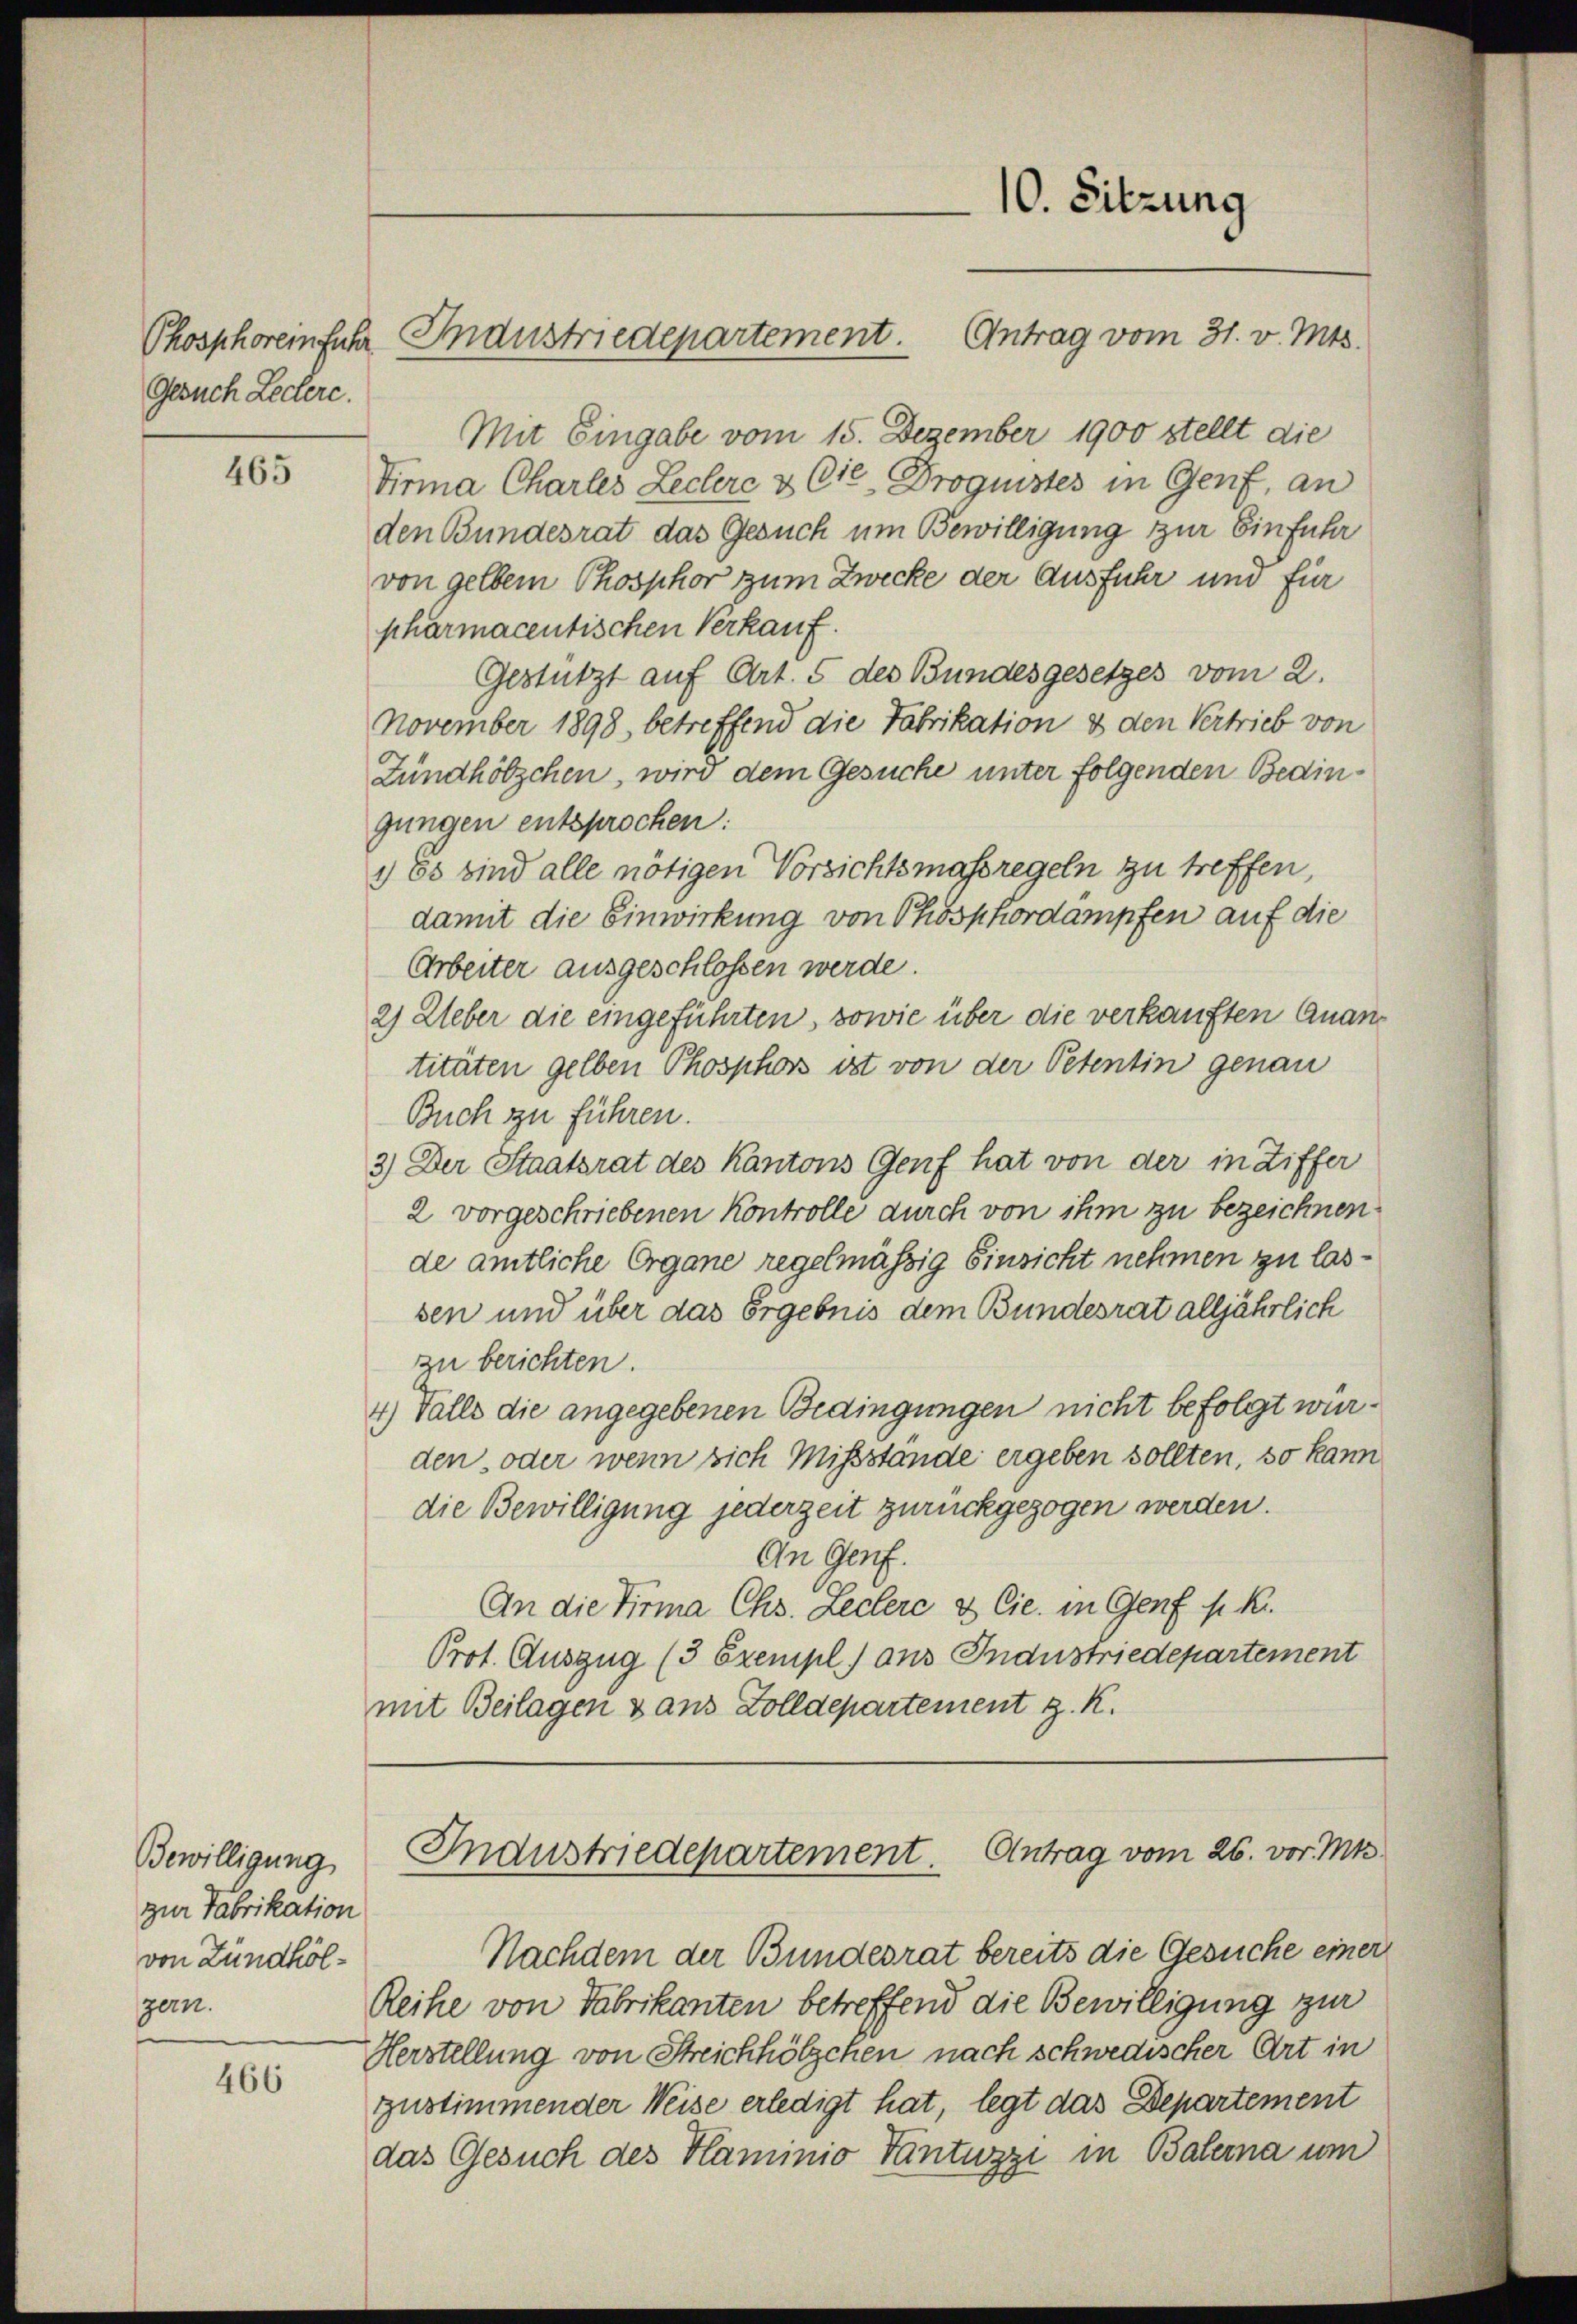
Phosphorem fuhr
Gesuch Lechere.

465

Bewilligung
zur Fabrikation
von Zündhölgern.

466

Industriedepartement.

10. Sitzung
Antrag vom 31. v. Mts.

Mit Eingabe vom 15. Dezember 1900 stellt die
Tirma Charles Leclere & Cie, Droguistes in Genf, an
den Bundesrat das Gesuch um Bewilligung zur Einführ
von gelben Phosphor zum Zwecke der Ausfuhr und für
pharmacentischen Verkauf.
Gestützt auf Art. 5 des Bundesgesetzes vom 2.
November 1898, betreffend die Fabrikation & den Vertrieb von
Fündhölzchen, wird dem Gesuche unter folgenden Bedingungen entsprochen:
) Es sind alle nötigen Vorsichtsmassregeln zu treffen,
damit die Einwirkung von Phosphordampfen auf die
Arbeiter ausgeschlossen werde.
2) Ueber die eingeführten, sowie über die verkauften Quantitäten gelben Phosphors ist von der Petentin genau
Buch zu führen.
3) Der Staatsrat des Kantons Genf hat von der in Ziffer
2 vorgeschriebenen Kontrolle durch von ihm zu bezeichnen.
de amtliche Organe regelmässig Einsicht nehmen zu lassen und über das Ergebnis dem Bundesrat alljährlich
zu berichten.
4) Falls die angegebenen Bedingungen nicht befolgt wurden, oder wenn sich Missstande ergeben sollten, so kann
die Bewilligung jederzeit zurückgezogen werden.
An Genf.
An die Firma Chs. Leclere & Cie. in Genf s. Kr.
Prot. Auszug (3 Exempl. aus Industriedepartement
mit Beilagen & aus Zolldepartement z. K.

Industriedepartement. Antrag vom 26. vor. Mts.
Nachdem der Bundesrat bereits die Gesuche einer

Reihe von Fabrikanten betreffend die Bewilligung zur
Herstellung von Streichhölzchen nach schwedischer Art in
zustimmender Weise erledigt hat, legt das Departement
das Gesuch des Plaminio Tantuzzi in Balerna um